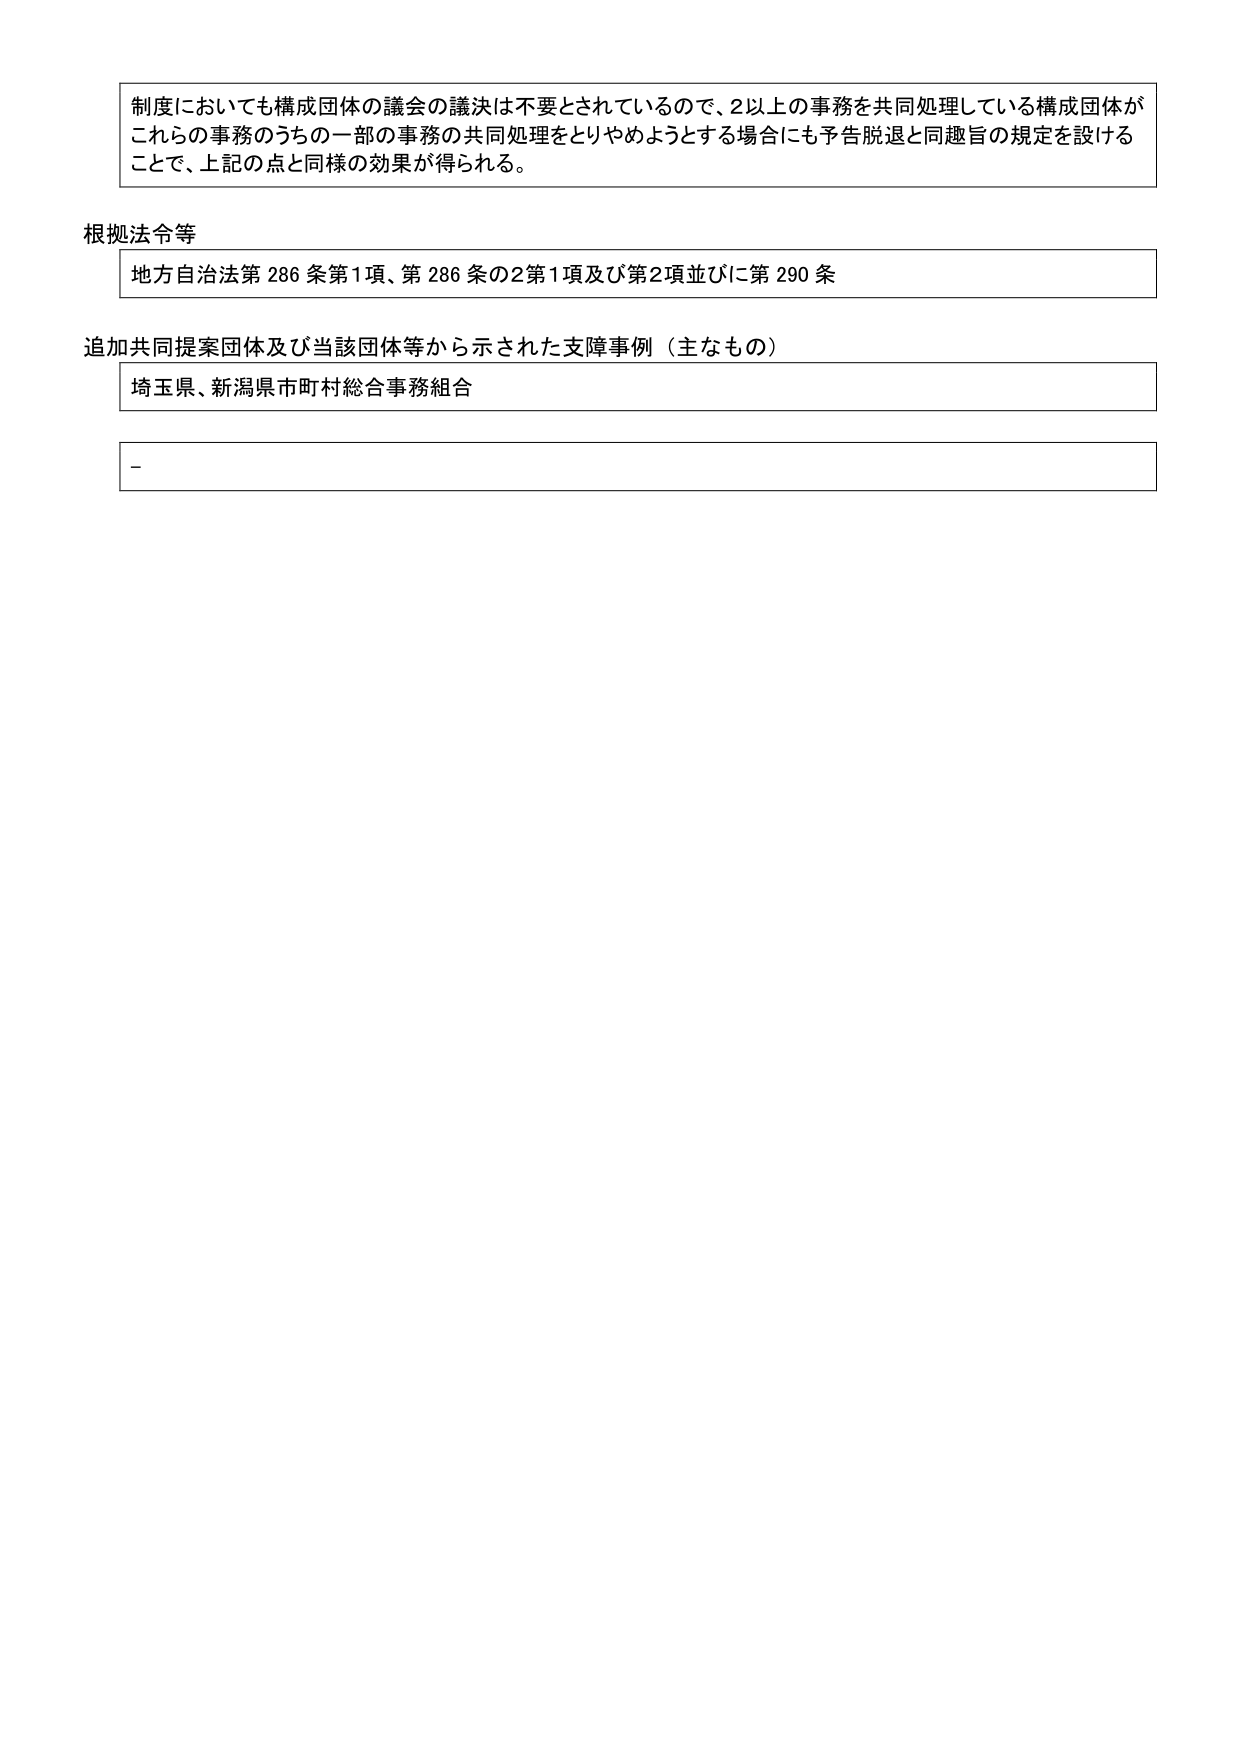
制度においても構成団体の議会の議決は不要とされているので、2以上の事務を共同処理している構成団体が
これら的事務のうちの一部の事務の共同処理をとりやめようとする場合にも予告脱退と同趣旨の規定を設ける
ことで、上記の点と同様の効果が得られる。

根拠法令等
地方自治法第286条第1項、第286条の2第1項及び第2項並びに第290条

追加共同提案団体及び当該団体等から示された支障事例（主なもの）
埼玉県、新潟県市町村総合事務組合

-